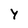
Character: Y